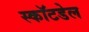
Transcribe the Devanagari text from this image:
स्कॉटडेल